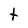
Character: t